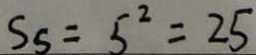
S _ { 5 } = 5 ^ { 2 } = 2 5